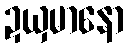
ဍယှမာနော